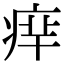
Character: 𤶪